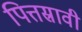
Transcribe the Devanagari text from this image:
पित्तस्रावी